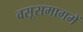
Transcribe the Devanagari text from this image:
वसूसमागमें